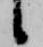
候